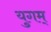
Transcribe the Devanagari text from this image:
युगम्